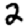
Digit: 2